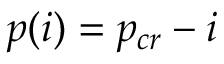
p ( i ) = p _ { c r } - i